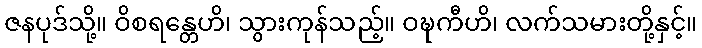
ဇနပုဒ်သို့။ ဝိစရန္တေဟိ၊ သွားကုန်သည့်။ ဝဍ္ဎကီဟိ၊ လက်သမားတို့နှင့်။